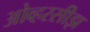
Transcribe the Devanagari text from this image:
ओव्हरसीझ